Scottish Leaving Certificate Examination, 1955
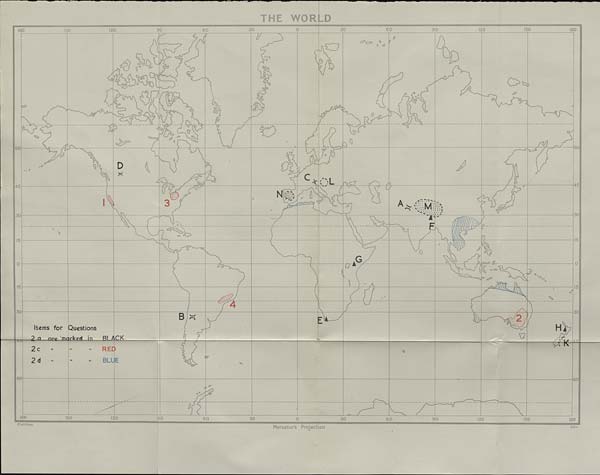
THE
WORLD
30
60
90
ISC
30
120
80
90
12;;
60
180
ISO
b
a c£>
o> O o
o^,
D
£3
d
£5
.o
60
60
vS
a
D
C V
|
k; ?L
^0
6
45
45
N
J
Lv.-i
3
a^€ .VM
Vj
, , K
<4
30
30
F
c?
G
Q
Cu
“•»3
4
30
B
2
E
H V
prK^
Items for
2m—n,reJ,iD
Questions
arked^in,
BLACK
—
2c
RED
iv
2d
BLL
60
60
180
ISO
120
90
60
30
30
90
60
120
ISO
180
Matthew
Mercator’s Projection
Cain